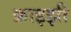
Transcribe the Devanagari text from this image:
क्राइझी